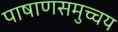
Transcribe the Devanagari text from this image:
पाषाणसमुच्चय